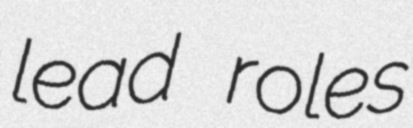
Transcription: lead roles